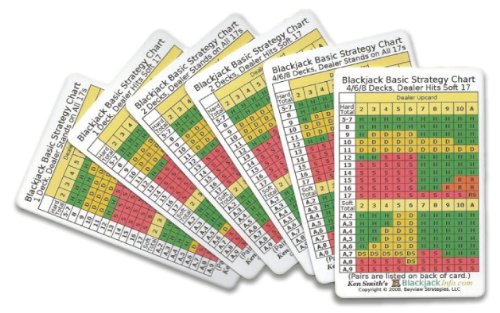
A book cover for Set of Six Blackjack Basic Strategy Cards; Kenneth R Smith; Humor & Entertainment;